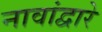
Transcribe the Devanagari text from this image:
नावांद्वारे